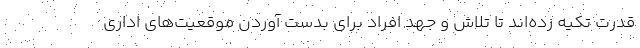
قدرت تکیه زده‌اند تا تلاش و جهد افراد برای بدست آوردن موقعیت‌های اداری